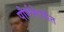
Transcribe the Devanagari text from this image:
पौर्णमेपर्यंत